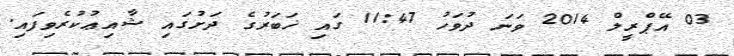
03 އޭޕްރީލް 2014 ވަނަ ދުވަހު 11:47 ގައި ޚަބަރުގެ ދަށުގައި ޝާއިޢުކުރެވިފައި.